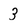
Character: 3